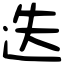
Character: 迭